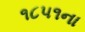
૧૮૫૧ના